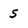
Character: 5